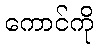
ကောင်ကို